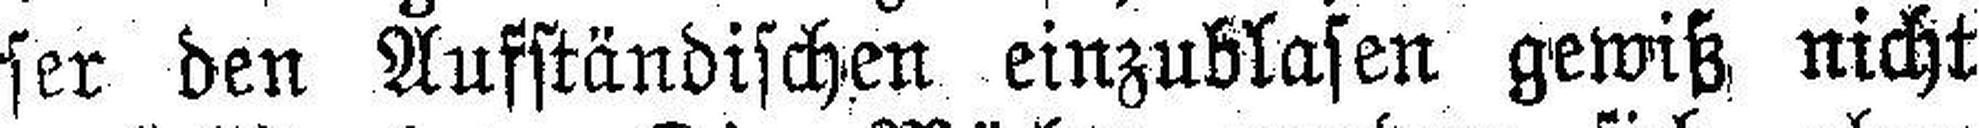
ser den Aufständischen einzublasen gewiß nicht